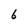
Character: 6